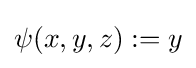
\psi (x,y,z):=y